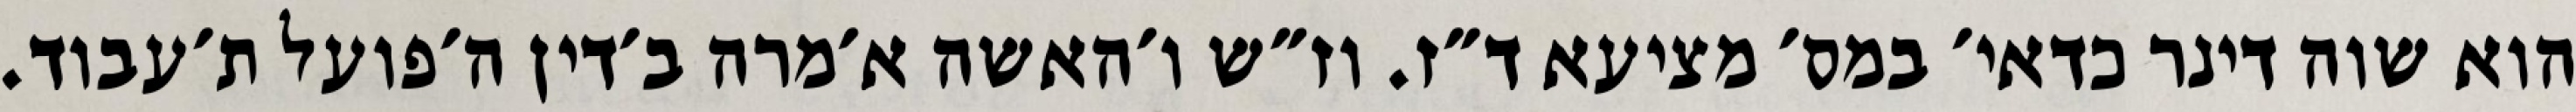
הוא שוה דינר כדאי׳ במס׳ מציעא ד״ז. וז״ש ו׳האשה א׳מרה ב׳דין ה׳פועל ת׳עבוד.